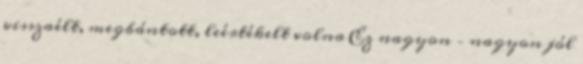
visszaélt, megbántott, leértékelt volna Ez nagyon – nagyon jól